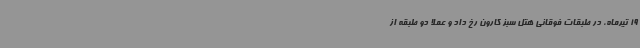
19 تیرماه، در طبقات فوقانی هتل سبز کارون رخ داد و عملا دو طبقه از